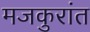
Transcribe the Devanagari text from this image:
मजकुरांत